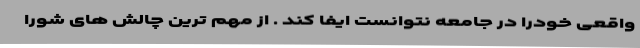
واقعی خودرا در جامعه نتوانست ایفا کند . از مهم ترین چالش های شورا